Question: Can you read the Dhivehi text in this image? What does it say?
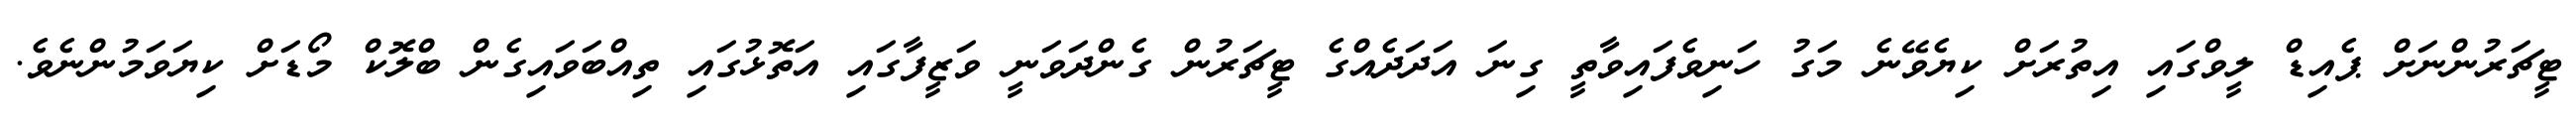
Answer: ޓީޗަރުންނަށް ޕެއިޑް ލީވްގައި އިތުރަށް ކިޔެވޭނެ މަގު ހަނިވެފައިވާތީ ގިނަ އަދަދެއްގެ ޓީޗަރުން ގެންދަވަނީ ވަޒީފާގައި އަތޮޅުގައި ތިއްބަވައިގެން ބްލޮކް މޯޑަށް ކިޔަވަމުންނެވެ.